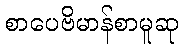
စာပေဗိမာန်စာမူဆု